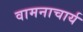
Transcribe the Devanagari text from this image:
वामनाचार्य